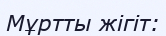
Мұртты жігіт: